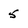
Character: 5